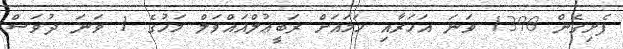
ފެށިގެން 1398 ވަނަ އަހަރާއި ހަމައަށް ރަބީޢުލްއައްވަލް މަހުގެ 1 ވަނަ ދުވަސް